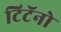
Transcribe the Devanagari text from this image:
टिटॅनो